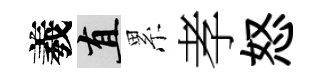
羲直累孝怒